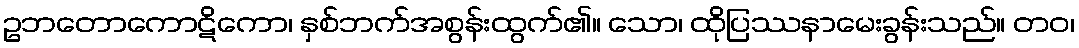
ဥဘတောကောဋိကော၊ နှစ်ဘက်အစွန်းထွက်၏။ သော၊ ထိုပြဿနာမေးခွန်းသည်။ တဝ၊